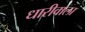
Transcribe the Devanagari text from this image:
धारीवाला